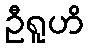
ဦရူဟိ